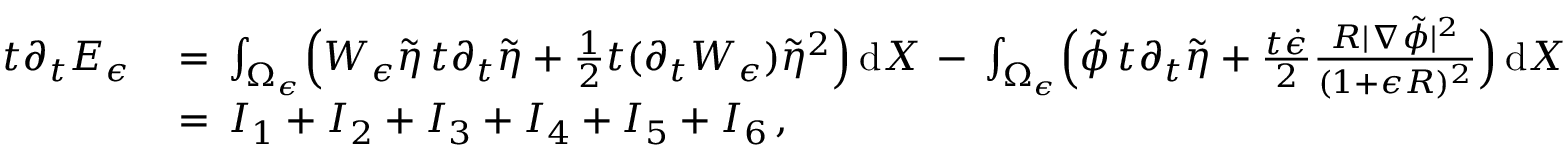
\begin{array} { r l } { t \partial _ { t } E _ { \epsilon } \, } & { = \, \int _ { \Omega _ { \epsilon } } \Bigl ( W _ { \epsilon } \tilde { \eta } \, t \partial _ { t } \tilde { \eta } + \frac 1 2 t ( \partial _ { t } W _ { \epsilon } ) \tilde { \eta } ^ { 2 } \Bigr ) \, \mathrm { d } X \, - \, \int _ { \Omega _ { \epsilon } } \Bigl ( \tilde { \phi } \, t \partial _ { t } \tilde { \eta } + \frac { t \dot { \epsilon } } { 2 } \frac { R | \nabla \tilde { \phi } | ^ { 2 } } { ( 1 + \epsilon R ) ^ { 2 } } \Bigr ) \, \mathrm { d } X } \\ { \, } & { = \, I _ { 1 } + I _ { 2 } + I _ { 3 } + I _ { 4 } + I _ { 5 } + I _ { 6 } \, , } \end{array}